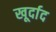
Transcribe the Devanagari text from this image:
खूर्दाद